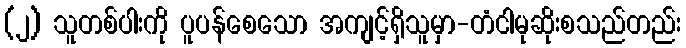
(၂) သူတစ်ပါးကို ပူပန်စေသော အကျင့်ရှိသူမှာ-တံငါမုဆိုးစသည်တည်း